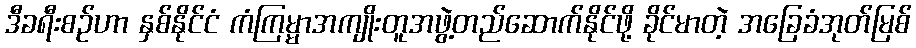
ဒီခရီးစဉ်ဟာ နှစ်နိုင်ငံ ကံကြမ္မာအကျိုးတူအဖွဲ့တည်ဆောက်နိုင်ဖို့ ခိုင်မာတဲ့ အခြေခံအုတ်မြစ်